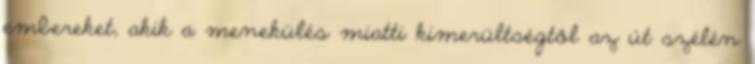
embereket, akik a menekülés miatti kimerültségtől az út szélén